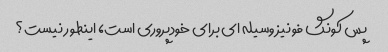
پس کونگ فو نیز وسیله ای برای خودپروری است، اینطور نیست؟